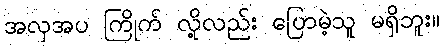
အလှအပ ကြိုက် လို့လည်း ပြောမဲ့သူ မရှိဘူး။